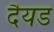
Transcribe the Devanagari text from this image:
दैयड